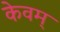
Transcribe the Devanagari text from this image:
केवम्